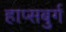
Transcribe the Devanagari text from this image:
हाप्सबुर्ग